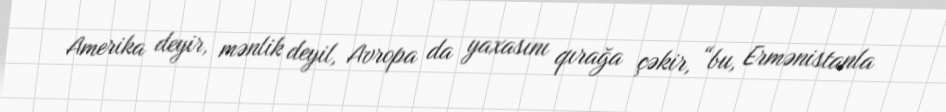
Amerika deyir, mənlik deyil, Avropa da yaxasını qırağa çəkir, “bu, Ermənistanla